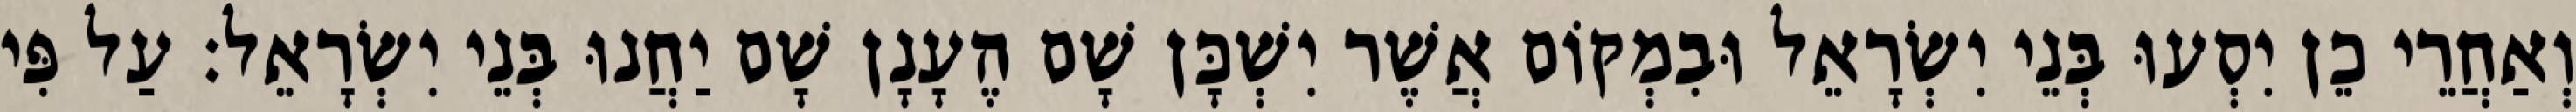
וְאַחֲרֵי כֵן יִסְעוּ בְּנֵי יִשְׂרָאֵל וּבִמְקוֹם אֲשֶׁר יִשְׁכָּן שָׁם הֶעָנָן שָׁם יַחֲנוּ בְּנֵי יִשְׂרָאֵל׃ עַל פִּי